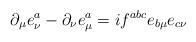
LaTeX: \begin{align*}\partial_\mu e^a_\nu-\partial_\nu e^a_\mu = if^{abc} e_{b\mu} e_{c\nu}\end{align*}